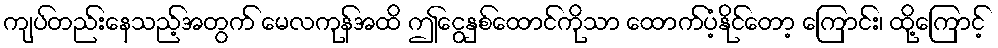
ကျပ်တည်းနေသည့်အတွက် မေလကုန်အထိ ဤငွေနှစ်ထောင်ကိုသာ ထောက်ပံ့နိုင်တော့ ကြောင်း၊ ထို့ကြောင့်